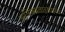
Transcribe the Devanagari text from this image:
अजिंक्यतार्‍याच्या